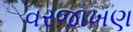
વરજાખણ